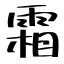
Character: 霜